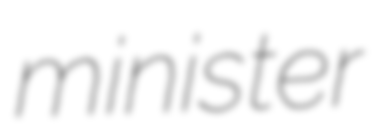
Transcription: minister